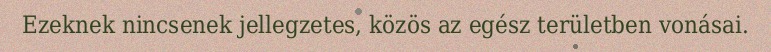
Ezeknek nincsenek jellegzetes, közös az egész területben vonásai.